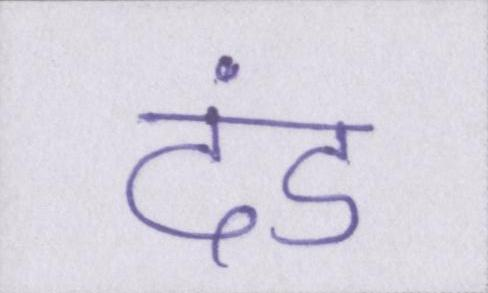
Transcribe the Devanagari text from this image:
दंड